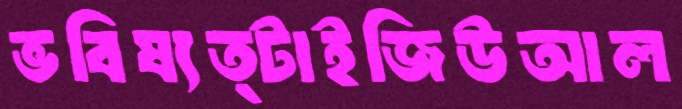
ভবিষ্যত্টাইজিউআল